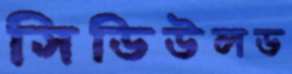
সিডিউলড